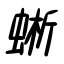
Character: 蜥